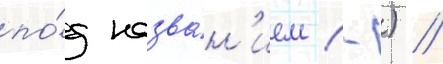
по́д назва́н'ием (-) //